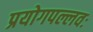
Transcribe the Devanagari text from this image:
प्रयोगपल्लवः